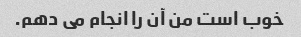
خوب است من آن را انجام می دهم.